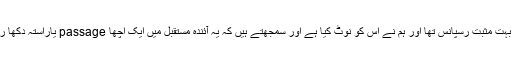
تو یہ بہت مثبت رسپانس تھا اور ہم نے اس کو نوٹ کیا ہے اور سمجھتے ہیں کہ یہ آئندہ مستقبل میں ایک اچھا passage یاراستہ دکھا رہاہے۔